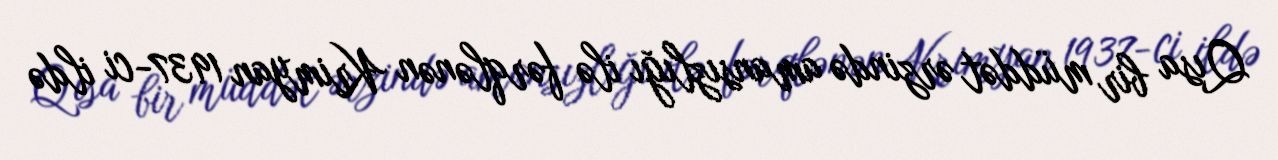
Qısa bir müddət ərzində amansızlığı ilə fərqlənən Krimyan 1937-ci ildə